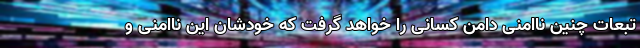
تبعات چنین ناامنی دامن کسانی را خواهد گرفت که خودشان این ناامنی و